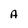
Character: A